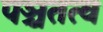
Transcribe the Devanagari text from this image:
पञ्चतत्व